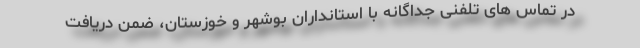
در تماس های تلفنی جداگانه با استانداران بوشهر و خوزستان، ضمن دریافت